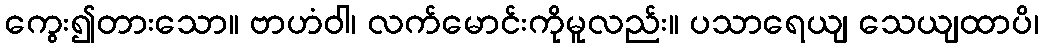
ကွေး၍တားသော။ ဗာဟံဝါ၊ လက်မောင်းကိုမူလည်း။ ပသာရေယျ သေယျထာပိ၊